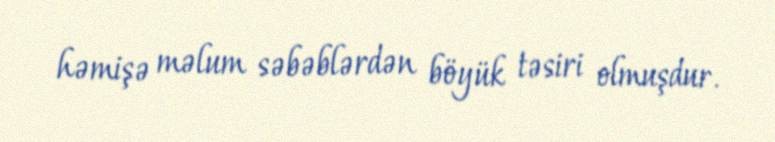
həmişə məlum səbəblərdən böyük təsiri olmuşdur.